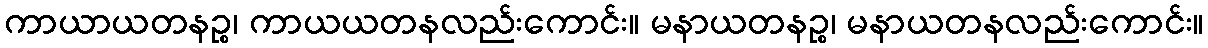
ကာယာယတနဉ္စ၊ ကာယယတနလည်းကောင်း။ မနာယတနဉ္စ၊ မနာယတနလည်းကောင်း။